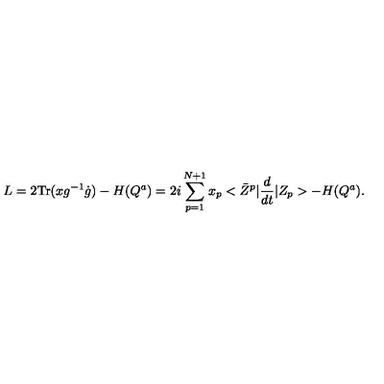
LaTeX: L = 2 \mathrm { T r } ( x g ^ { - 1 } \dot { g } ) - H ( Q ^ { a } ) = 2 i \sum _ { p = 1 } ^ { N + 1 } x _ { p } < \bar { Z } ^ { p } \vert \frac { d } { d t } \vert Z _ { p } > - H ( Q ^ { a } ) .